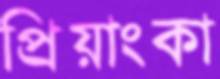
প্রিয়াংকা